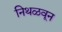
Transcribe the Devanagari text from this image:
निथळवून